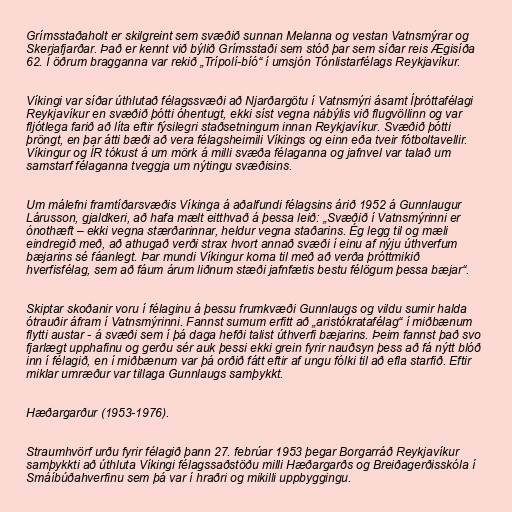
Grímsstaðaholt er skilgreint sem svæðið sunnan Melanna og vestan Vatnsmýrar og
Skerjafjarðar. Það er kennt við býlið Grímsstaði sem stóð þar sem síðar reis Ægisíða
62. Í öðrum bragganna var rekið „Trípolí-bíó“ í umsjón Tónlistarfélags Reykjavíkur.

Víkingi var síðar úthlutað félagssvæði að Njarðargötu í Vatnsmýri ásamt Íþróttafélagi
Reykjavíkur en svæðið þótti óhentugt, ekki síst vegna nábýlis við flugvöllinn og var
fljótlega farið að líta eftir fýsilegri staðsetningum innan Reykjavíkur. Svæðið þótti
þröngt, en þar átti bæði að vera félagsheimili Víkings og einn eða tveir fótboltavellir.
Víkingur og ÍR tókust á um mörk á milli svæða félaganna og jafnvel var talað um
samstarf félaganna tveggja um nýtingu svæðisins.

Um málefni framtíðarsvæðis Víkinga á aðalfundi félagsins árið 1952 á Gunnlaugur
Lárusson, gjaldkeri, að hafa mælt eitthvað á þessa leið: „Svæðið í Vatnsmýrinni er
ónothæft – ekki vegna stærðarinnar, heldur vegna staðarins. Ég legg til og mæli
eindregið með, að athugað verði strax hvort annað svæði í einu af nýju úthverfum
bæjarins sé fáanlegt. Þar mundi Víkingur koma til með að verða þróttmikið
hverfisfélag, sem að fáum árum liðnum stæði jafnfætis bestu félögum þessa bæjar“.

Skiptar skoðanir voru í félaginu á þessu frumkvæði Gunnlaugs og vildu sumir halda
ótrauðir áfram í Vatnsmýrinni. Fannst sumum erfitt að „aristókratafélag“ í miðbænum
flytti austar - á svæði sem í þá daga hefði talist úthverfi bæjarins. Þeim fannst það svo
fjarlægt upphafinu og gerðu sér auk þessi ekki grein fyrir nauðsyn þess að fá nýtt blóð
inn í félagið, en í miðbænum var þá orðið fátt eftir af ungu fólki til að efla starfið. Eftir
miklar umræður var tillaga Gunnlaugs samþykkt.

Hæðargarður (1953-1976).

Straumhvörf urðu fyrir félagið þann 27. febrúar 1953 þegar Borgarráð Reykjavíkur
samþykkti að úthluta Víkingi félagssaðstöðu milli Hæðargarðs og Breiðagerðisskóla í
Smáíbúðahverfinu sem þá var í hraðri og mikilli uppbyggingu.